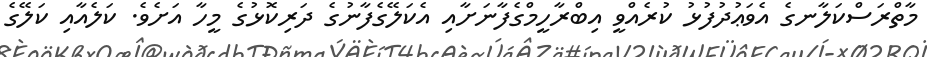
މާތްރަސްކަލާނގެ އެވަޢުދުފުޅު ކުރެއްވީ އިބްރާހީމްގެފާނަށާއި އެކަލޭގެފާނުގެ ދަރިކޮޅުގެ މީހާ އަށެވެ. ކަލެއާއި ކަލޭގެ